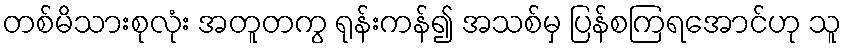
တစ်မိသားစုလုံး အတူတကွ ရုန်းကန်၍ အသစ်မှ ပြန်စကြရအောင်ဟု သူ